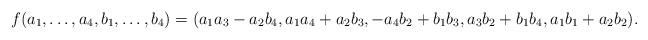
LaTeX: \begin{align*}f(a_1,\ldots,a_4,b_1,\ldots,b_4)=(a_1a_3-a_2b_4,a_1a_4+a_2b_3,-a_4b_2+b_1b_3,a_3b_2+b_1b_4,a_1b_1+a_2b_2).\end{align*}